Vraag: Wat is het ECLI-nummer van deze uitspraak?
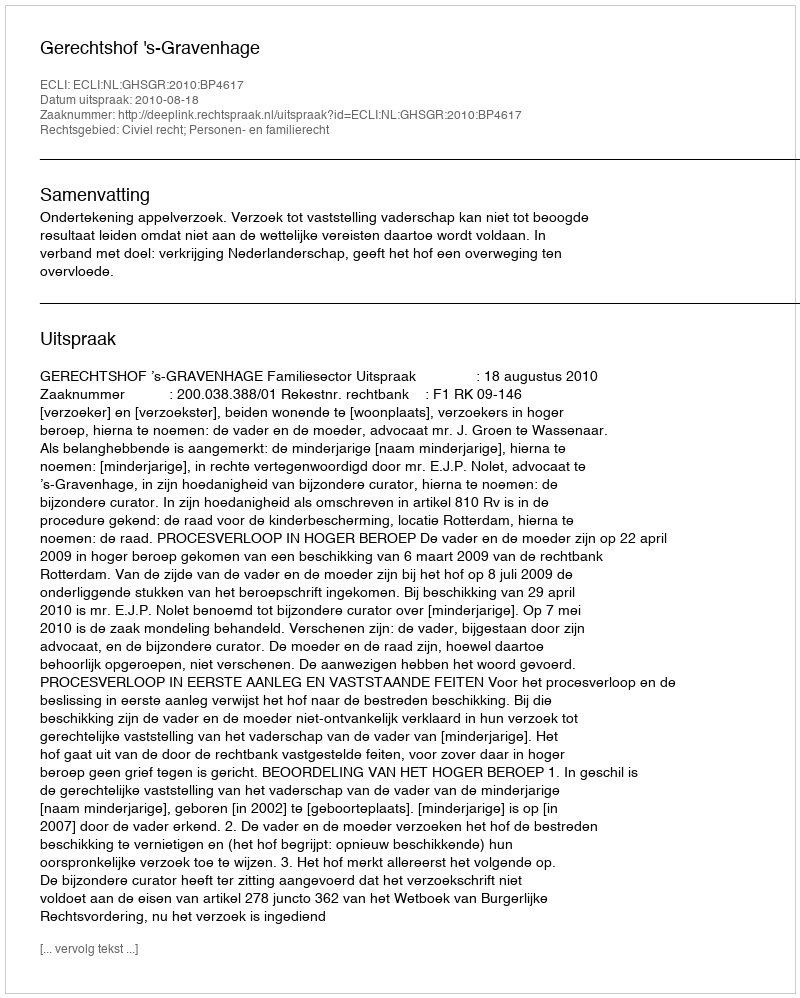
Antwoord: ECLI:NL:GHSGR:2010:BP4617